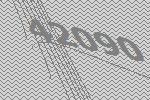
42090